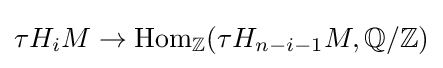
\tau H_{i}M\to \mathrm {Hom} _{\mathbb {Z} }(\tau H_{n-i-1}M,\mathbb {Q} /\mathbb {Z} )